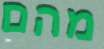
מהם